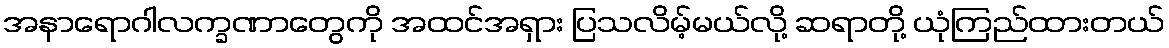
အနာရောဂါလက္ခဏာတွေကို အထင်အရှား ပြသလိမ့်မယ်လို့ ဆရာတို့ ယုံကြည်ထားတယ်